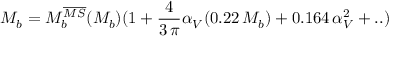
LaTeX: M _ { b } = M _ { b } ^ { \overline { { { M S } } } } ( M _ { b } ) ( 1 + { \frac { 4 } { 3 \, \pi } } \alpha _ { V } ( 0 . 2 2 \, M _ { b } ) + 0 . 1 6 4 \, \alpha _ { V } ^ { 2 } + . . )